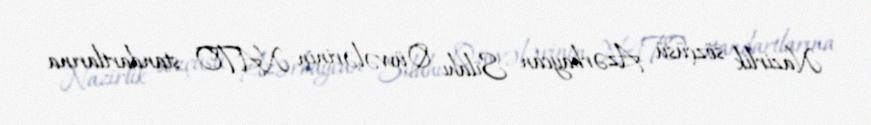
Nazirlik sözçüsü Azərbaycan Silahı Qüvvələrinin NATO standartlarına